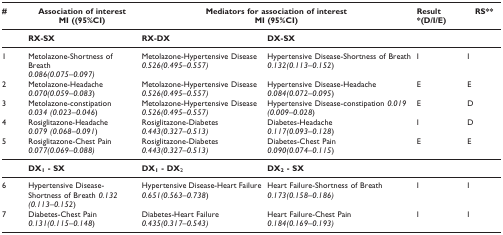
<table><thead><tr><td><b>#</b></td><td><b>Association of interestMI ((95%CI)</b></td><td colspan="2"><b>Mediators for association of interestMI (95%CI)</b></td><td><b>Result*(D/I/E)</b></td><td><b>RS **</b></td></tr></thead><tbody><tr><td></td><td><b>RX-SX</b></td><td><b>RX-DX</b></td><td><b>DX-SX</b></td><td></td><td></td></tr><tr><td>1</td><td>Metolazone-Shortness of Breath<i>0.086(0.075–0.097)</i></td><td>Metolazone-Hypertensive Disease <i>0.526(0.495–0.557)</i></td><td>Hypertensive Disease-Shortness of Breath <i>0.132(0.113–0.152</i>)</td><td>I</td><td>I</td></tr><tr><td>2</td><td>Metolazone-Headache<i>0.070(0.059–0.083</i>)</td><td>Metolazone-Hypertensive Disease<i>0.526(0.495–0.557)</i></td><td>Hypertensive Disease-Headache<i>0.084(0.072–0.095</i>)</td><td>E</td><td>E</td></tr><tr><td>3</td><td>Metolazone-constipation<i>0.034 (0.023–0.046</i>)</td><td>Metolazone-Hypertensive Disease<i>0.526(0.495–0.557)</i></td><td>Hypertensive Disease-constipation <i>0.019(0.009–0.028</i>)</td><td>E</td><td>D</td></tr><tr><td>4</td><td>Rosiglitazone-Headache<i>0.079 (0.068–0.091</i>)</td><td>Rosiglitazone-Diabetes<i>0.443(0.327–0.513)</i></td><td>Diabetes-Headache<i>0.117(0.093–0.128</i>)</td><td>I</td><td>D</td></tr><tr><td>5</td><td>Rosiglitazone-Chest Pain<i>0.077(0.069–0.088)</i></td><td>Rosiglitazone-Diabetes<i>0.443(0.327–0.513)</i></td><td>Diabetes-Chest Pain<i>0.090(0.074–0.115</i>)</td><td>E</td><td>E</td></tr><tr><td></td><td><b>DX<sub>1 </sub>- SX</b></td><td><b>DX<sub>1 </sub>- DX</b><sub>2</sub></td><td><b>DX<sub>2 </sub>- SX</b></td><td></td><td></td></tr><tr><td>6</td><td>Hypertensive Disease-Shortness of Breath <i>0.132(0.113–0.152</i>)</td><td>Hypertensive Disease-Heart Failure <i>0.651(0.563–0.738</i>)</td><td>Heart Failure-Shortness of Breath<i>0.173(0.158–0.186)</i></td><td>I</td><td>I</td></tr><tr><td>7</td><td>Diabetes-Chest Pain<i>0.131(0.115–0.148</i>)</td><td>Diabetes-Heart Failure<i>0.435(0.317–0.543)</i></td><td>Heart Failure-Chest Pain<i>0.184(0.169–0.193)</i></td><td>I</td><td>I</td></tr></tbody></table>